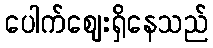
ပေါက်ဈေးရှိနေသည်